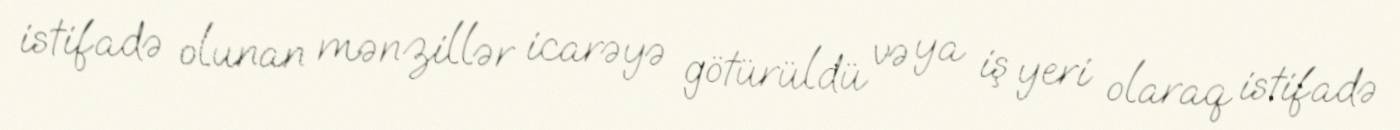
istifadə olunan mənzillər icarəyə götürüldü və ya iş yeri olaraq istifadə